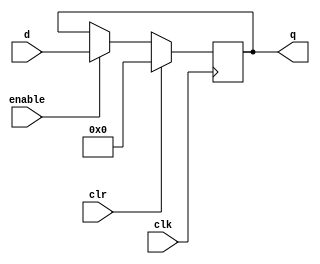
module reg_32_bit (
	input wire clk,
	input wire clr,
	input wire enable,
	input wire [31:0] d,
	output reg [31:0] q
);

	// Initialize output to 0
	initial q = 0;

	// Register behavior
	always @ (posedge clk) begin
		if (clr)
			q <= 0;
		else if (enable)
			q <= d;
	end

endmodule

module pc_reg (
	input wire clk,				// clock signal
	input wire en,				// write/enable signal
	input wire pc_increment,	// increment the pc
	input wire [31:0] pc_in,	// 32-bit input to register (BusMuxOut)
	output reg [31:0] pc_out	// 32-bit output from register (BusMuxIn_PC)
);

	// Initialize output to 0
	initial pc_out = 0;

	// Register behavior
	always @ (posedge clk) begin
		if (pc_increment)
			pc_out <= pc_out + 1;
		else if (en)
			pc_out = pc_in;
	end

endmodule